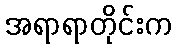
အရာရာတိုင်းက